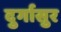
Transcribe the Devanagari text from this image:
दुर्गासुर